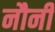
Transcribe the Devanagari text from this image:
नौनी